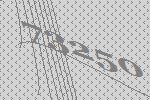
73250